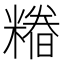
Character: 𮇺